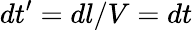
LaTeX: dt^{\prime}=dl/V=dt